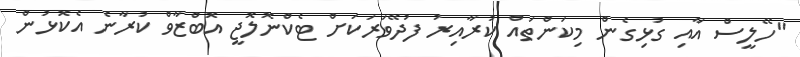
"ހޭލީސް އާއި ގުޅިގެން މިކަންތައް ކުރާއިރު ފުދޭވަރަކަށް ޓެކްނޮލޮޖީ އޮބްޒާވް ކުރާނެ އެކޮޅުން